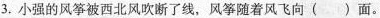
3.小强的风筝被西北风吹断了线，风筝随着风飞向()面。